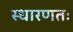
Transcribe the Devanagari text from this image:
स्धारणतः